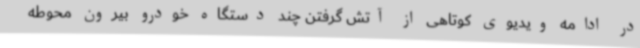
در ادامه ویدیوی کوتاهی از آتش گرفتن چند دستگاه خودرو بیرون محوطه